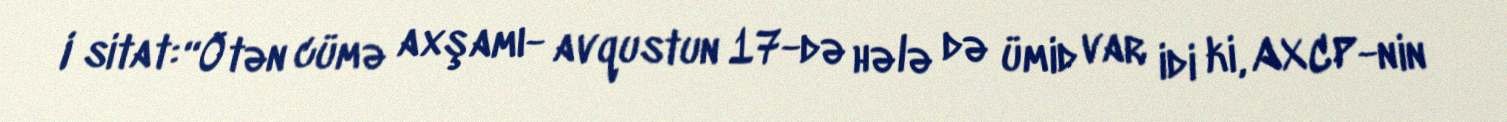
I sitat: “Ötən cümə axşamı- avqustun 17-də hələ də ümid var idi ki, AXCP-nin